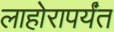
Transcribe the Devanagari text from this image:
लाहोरापर्यंत